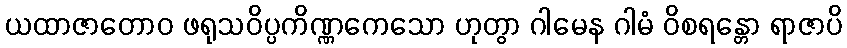
ယထာဇာတောဝ ဖရုသဝိပ္ပကိဏ္ဏကေသော ဟုတွာ ဂါမေန ဂါမံ ဝိစရန္တော ရာဇာပိ